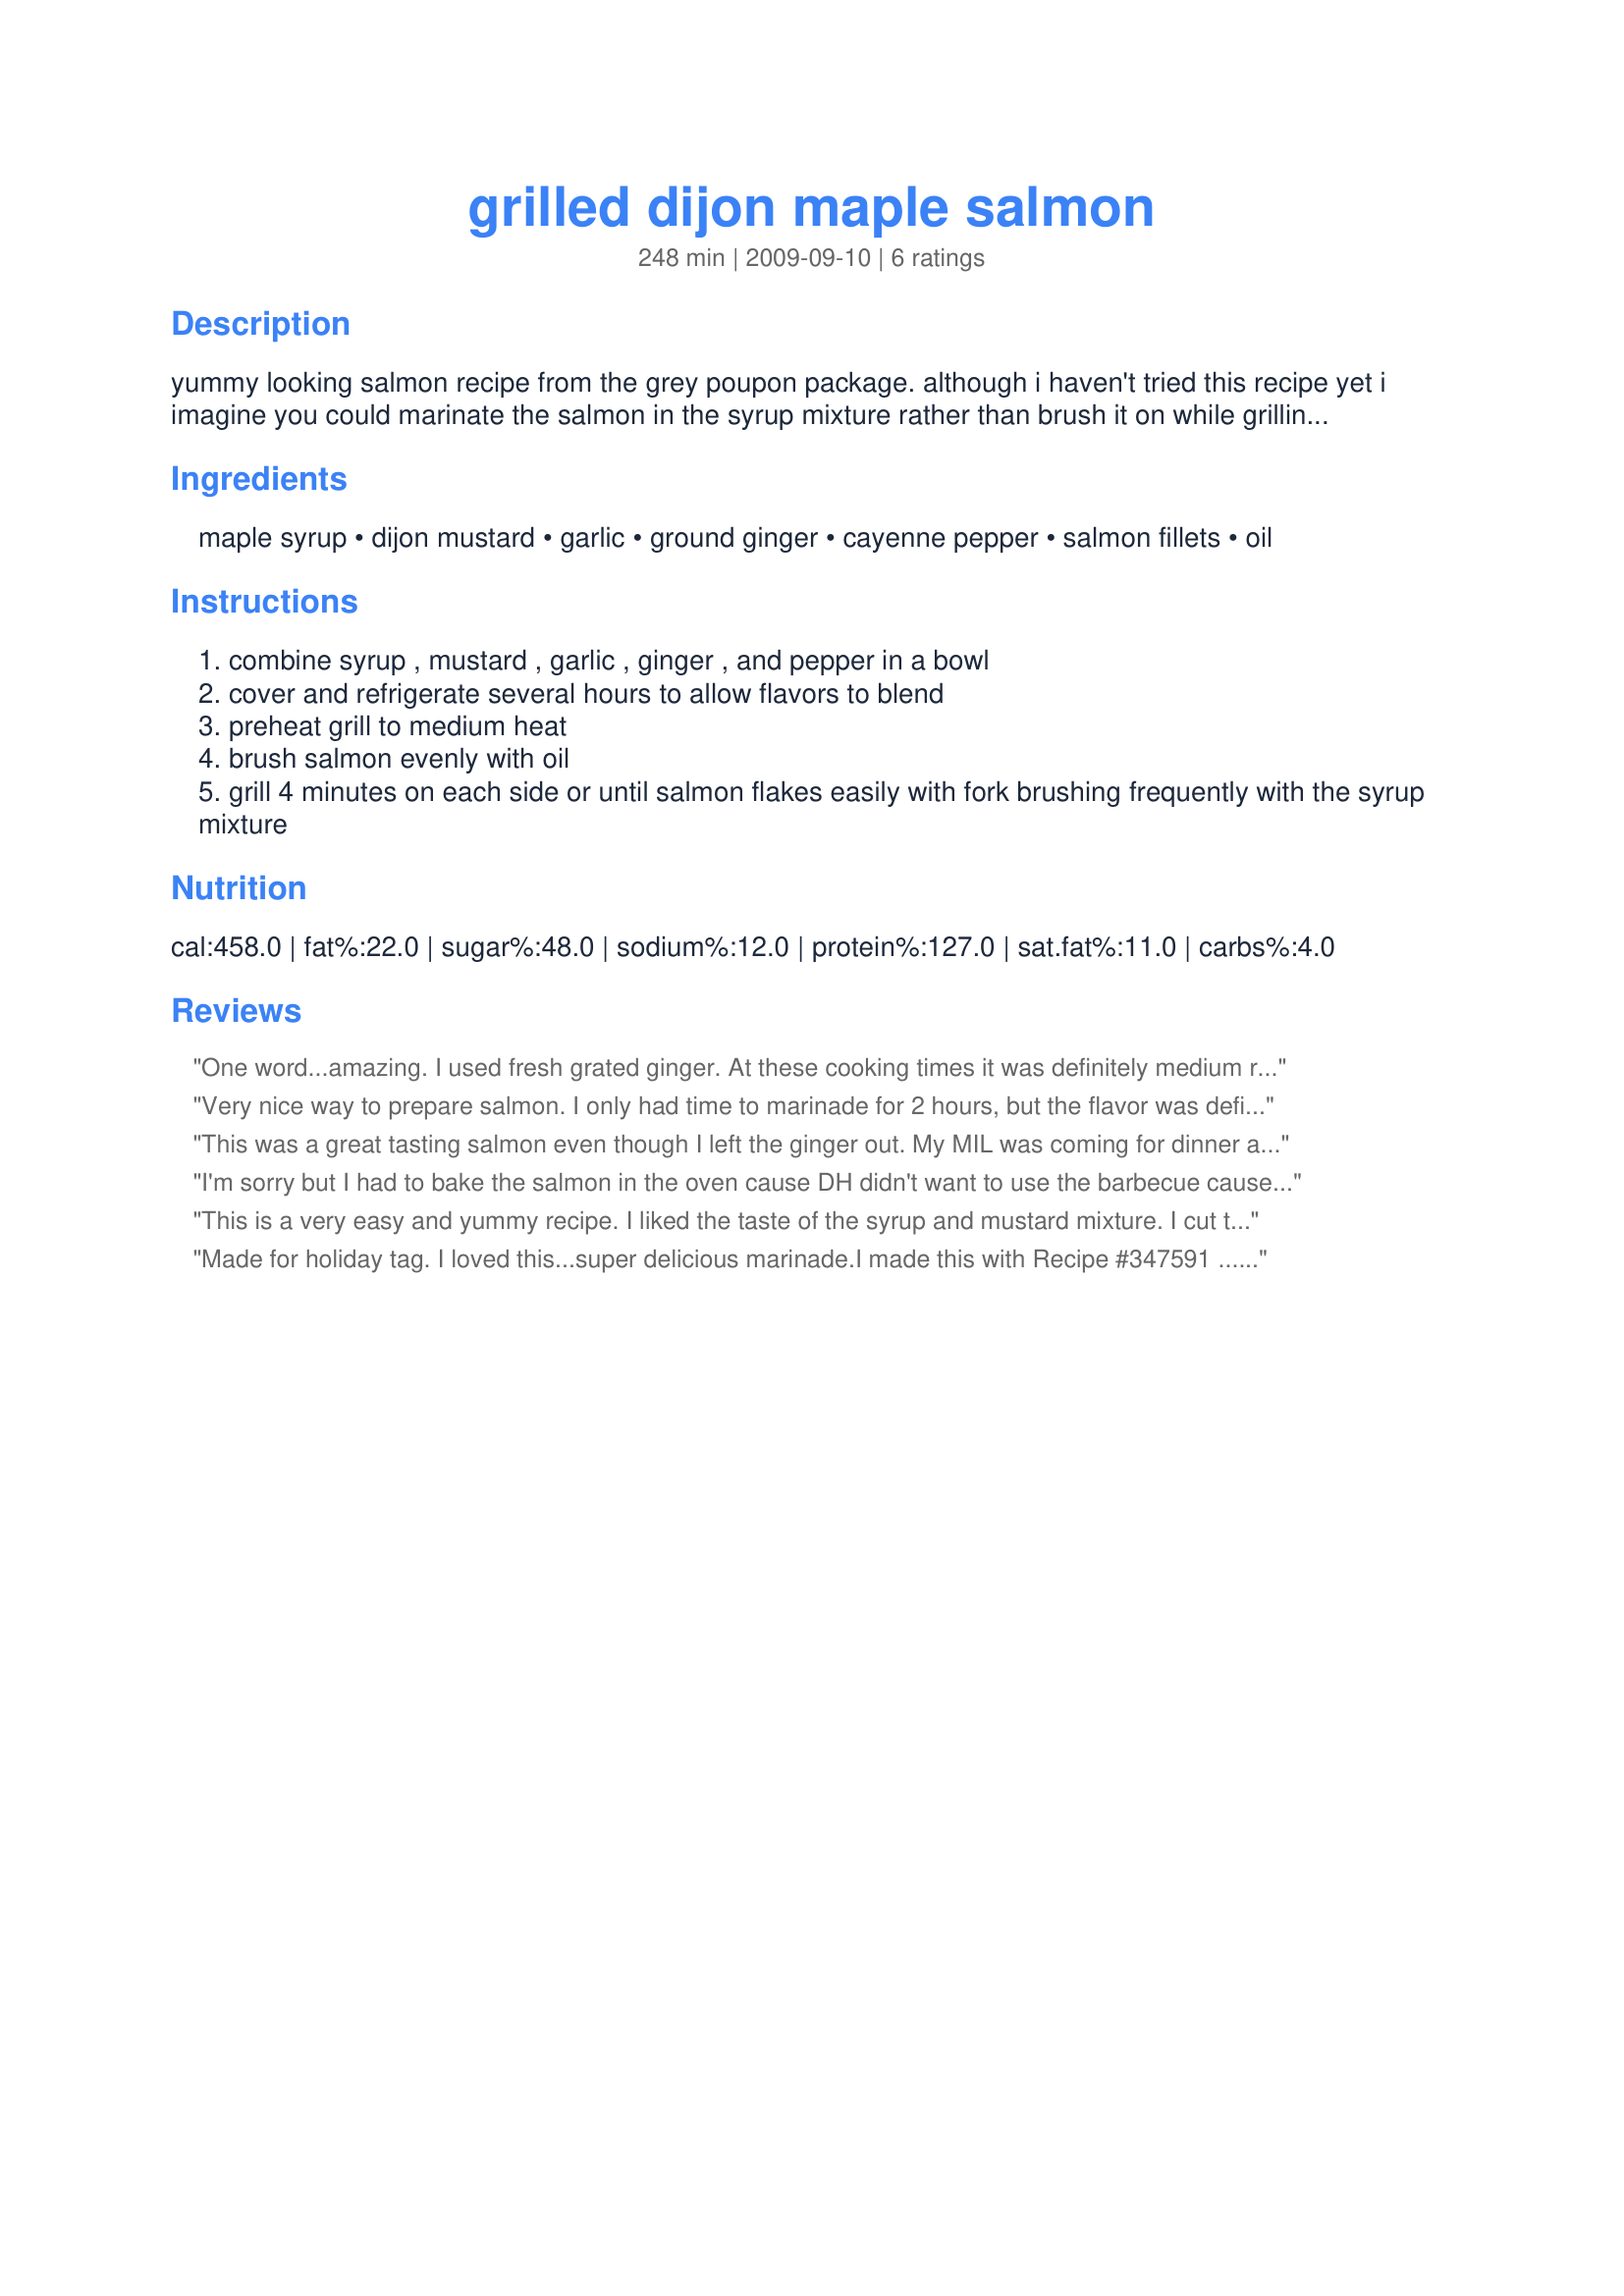
grilled dijon maple salmon
Preparation time: 248 minutes

yummy looking salmon recipe from the grey poupon package. although i haven't tried this recipe yet i imagine you could marinate the salmon in the syrup mixture rather than brush it on while grilling for a more intense flavor. prep time includes chilling time.

Ingredients:
maple syrup, dijon mustard, garlic, ground ginger, cayenne pepper, salmon fillets, oil

Steps:
combine syrup , mustard , garlic , ginger , and pepper in a bowl
cover and refrigerate several hours to allow flavors to blend
preheat grill to medium heat
brush salmon evenly with oil
grill 4 minutes on each side or until salmon flakes easily with fork brushing frequently with the syrup mixture

Reviews:
One word...amazing. I used fresh grated ginger. At these cooking times it was definitely medium rare, which I like for salmon.
Very nice way to prepare salmon. I only had time to marinade for 2 hours, but the flavor was definitely present. Added fresh ginger and omitted the pepper. I also used my indoor grill for the cooking process. Made for Everyday Holiday Tag. :)
This was a great tasting salmon even though I left the ginger out. My MIL was coming for dinner and she is allergic to ginger. Everyone loved the salmon a lot. Made for Potluck 2010 tag.
I'm sorry but I had to bake the salmon in the oven cause DH didn't want to use the barbecue cause he put many things in front of it. I baked it at 400 F about 10-12 minutes. It's very good. I omitted the cayenne pepper because of my son. Thanks Kelly :) Made for Holiday tag
This is a very easy and yummy recipe. I liked the taste of the syrup and mustard mixture. I cut the recipe in half and used fresh ginger. Served it with rice pilaf and a nice salad. I cooked mine about 5 minutes on each side only because we enjoy our salmon more on the firm side. Thanks for posting. :) Made for TYM tag game.
Made for holiday tag.
I loved this...super delicious marinade.I made this with Recipe #347591 ... yummy.
